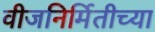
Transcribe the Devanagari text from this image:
वीजनिर्मितीच्या